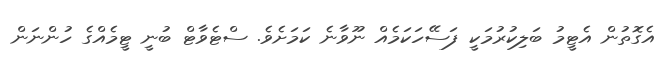
އެގޮތުން އެޓީމު ބަލިކުރުމަކީ ފަސޭހަކަމެއް ނޫވާނެ ކަމަށެވެ. ސްޓެވާޓް ބުނީ ޓީމެއްގެ ހުންނަން